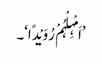
’اَمْہِلْہُمْ رُوَیْدًا‘۔